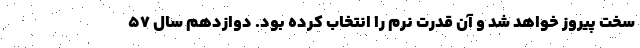
سخت پیروز خواهد شد و آن قدرت نرم را انتخاب کرده بود. دوازدهم سال ۵۷